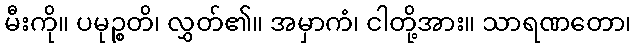
မီးကို။ ပမုဉ္စတိ၊ လွှတ်၏။ အမှာကံ၊ ငါတို့အား။ သာရဏတော၊